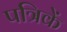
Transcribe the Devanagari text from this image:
पत्रिकें